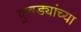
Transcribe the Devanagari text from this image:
कुबड्यांच्या